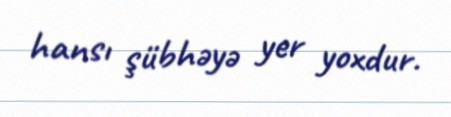
hansı şübhəyə yer yoxdur.